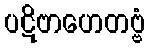
ပဋိဗာဟေတဗ္ဗံ